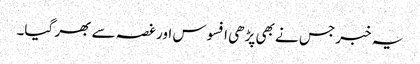
یہ خبر جس نے بھی پڑھی افسوس اور غصہ سے بھر گیا۔